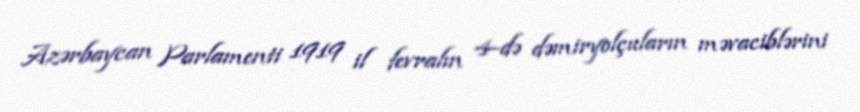
Azərbaycan Parlamenti 1919 il fevralın 4-də dəmiryolçuların məvaciblərini